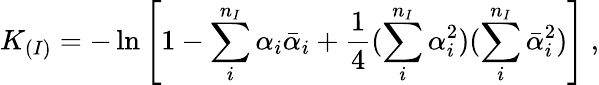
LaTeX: K_{(I)}=-\ln\left[1-\sum_{i}^{n_{I}}\alpha_{i}{\bar{\alpha}}_{i}+{\frac{1}{4}}(\sum_{i}^{n_{I}}\alpha_{i}^{2})(\sum_{i}^{n_{I}}{\bar{\alpha}}_{i}^{2})\right]\ ,